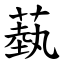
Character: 蓺